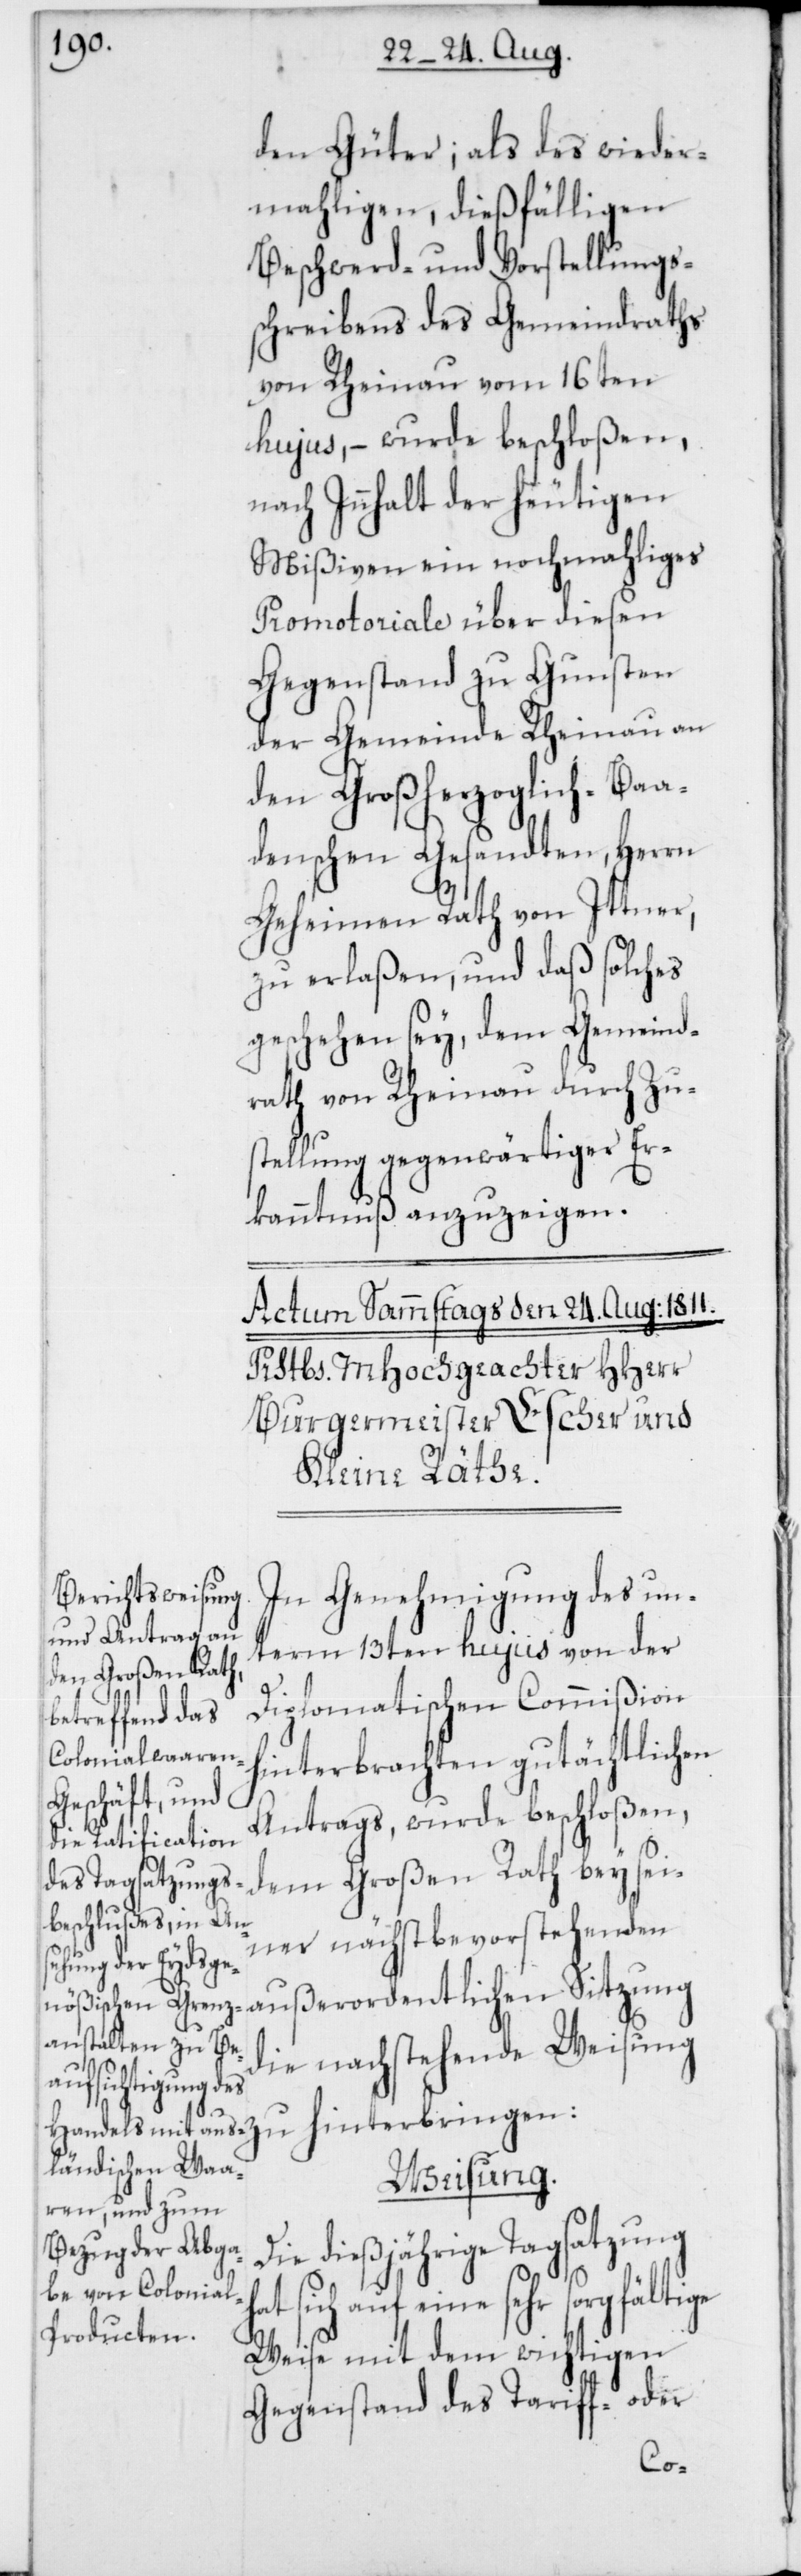
den Güter; als des wieder¬
mahligen, dießfälligen
Beschwerd- und Vorstellungs¬
schreiben des Gemeindraths
von Rheinau vom 16ten
hujus, – wurde beschloßen,
nach Inhalt der heutigen
Mißiven ein nochmahliges
Promotoriale über diesen
Gegenstand zu Gunsten
der Gemeinde Rheinau an
den Großherzoglich-Baa¬
denschen Gesandten, Herrn
Geheimen Rath von Ittner,
zu erlaßen, und daß solches
geschehen sey, dem Gemeind¬
rath von Rheinau durch Zu¬
stellung gegenwärtiger Er¬
kanntnuß anzuzeigen.
In Genehmigung des un¬
term 13ten hujus von der
Diplomatischen Commißion
hinterbrachten gutächtlichen
Antrags, wurde beschloßen,
dem Großen Rath bey sei¬
ner nächstbevorstehenden
außerordentlichen Sitzung
die nachstehende Weisung
Weisung.
Die dießjährige Tagsatzung
sich auf eine sehr sorgfältige
Weise mit dem wichtigen
Gegenstand des Tariff- oder